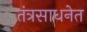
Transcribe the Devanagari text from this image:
तंत्रसाधनेत